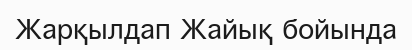
Жарқылдап Жайық бойында